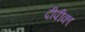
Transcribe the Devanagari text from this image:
दीपीका